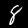
Digit: 8